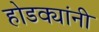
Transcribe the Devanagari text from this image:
होडक्यांनी